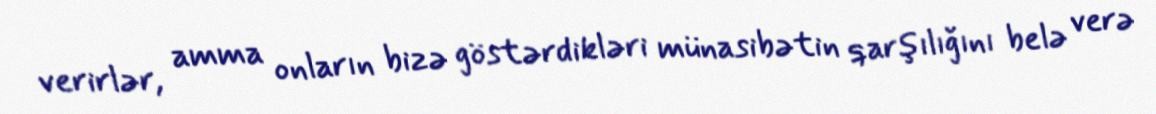
verirlər, amma onların bizə göstərdikləri münasibətin qarşılığını belə verə